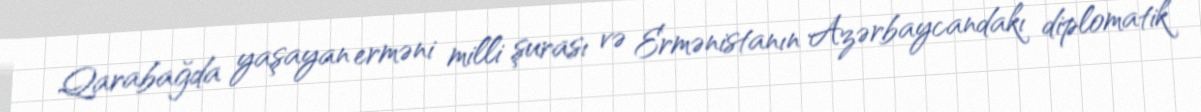
Qarabağda yaşayan erməni milli şurası və Ermənistanın Azərbaycandakı diplomatik